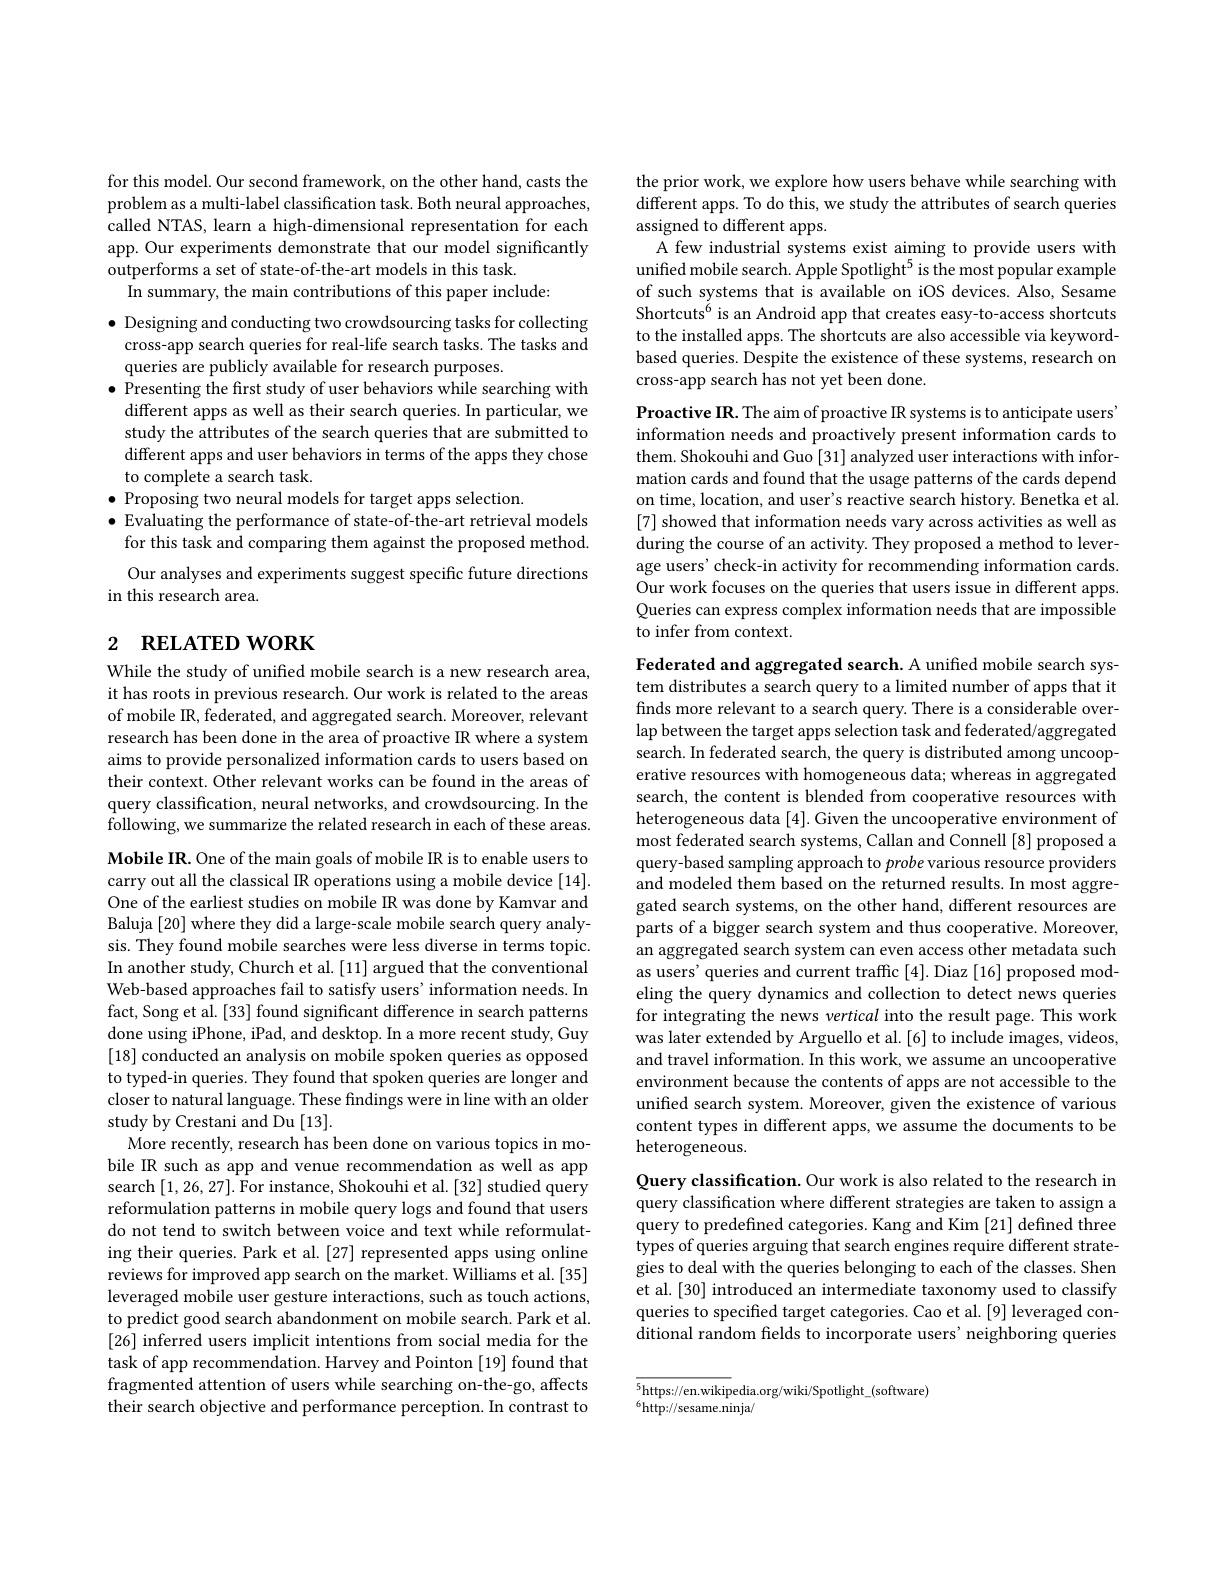
for this model. Our second framework, on the other hand, casts the problem as a multi-label classification task. Both neural approaches, called NTAS, learn a high-dimensional representation for each app. Our experiments demonstrate that our model significantly outperforms a set of state-of-the-art models in this task.
In summary, the main contributions of this paper include:

$\bullet$ Designing and conducting two crowdsourcing tasks for collecting cross-app search queries for real-life search tasks. The tasks and queries are publicly available for research purposes.
$\bullet$ Presenting the first study of user behaviors while searching with different apps as well as their search queries. In particular, we study the attributes of the search queries that are submitted to different apps and user behaviors in terms of the apps they chose to complete a search task.
$\bullet$ Proposing two neural models for target apps selection.
$\bullet$ Evaluating the performance of state-of-the-art retrieval models for this task and comparing them against the proposed method. Our analyses and experiments suggest specific future directions
in this research area.

# 2 RELATED WORK

While the study of unified mobile search is a new research area, it has roots in previous research. Our work is related to the areas of mobile IR, federated, and aggregated search. Moreover, relevant research has been done in the area of proactive IR where a system aims to provide personalized information cards to users based on their context. Other relevant works can be found in the areas of query classification, neural networks, and crowdsourcing. In the following, we summarize the related research in each of these areas.

Mobile IR. One of the main goals of mobile IR is to enable users to carry out all the classical IR operations using a mobile device [14]. One of the earliest studies on mobile IR was done by Kamvar and Baluja [20] where they did a large-scale mobile search query analysis. They found mobile searches were less diverse in terms topic. In another study, Church et al. [11] argued that the conventional Web-based approaches fail to satisfy users' information needs. In fact, Song et al. [33] found significant difference in search patterns done using iPhone, iPad, and desktop. In a more recent study, Guy [18] conducted an analysis on mobile spoken queries as opposed to typed-in queries. They found that spoken queries are longer and $\hat{\text{closer to natural language. These findings were in line with an older}}$ study by Crestani and Du [13].
More recently, research has been done on various topics in mobile IR such as app and venue recommendation as well as app search [1,26,27]. For instance, Shokouhi et al. [32] studied query reformulation patterns in mobile query logs and found that users do not tend to switch between voice and text while reformulating their queries. Park et al. [27] represented apps using online reviews for improved app search on the market. Williams et al. [35] leveraged mobile user gesture interactions, such as touch actions, to predict good search abandonment on mobile search. Park et al. [26] inferred users implicit intentions from social media for the task of app recommendation. Harvey and Pointon [19] found that fragmented attention of users while searching on-the-go, affects their search objective and performance perception. In contrast to

the prior work, we explore how users behave while searching with different apps. To do this, we study the attributes of search queries assigned to different apps.
A few industrial systems exist aiming to provide users with unified mobile search. Apple Spotlight$^{5}$ is the most popular example of such systems that is available on iOS devices. Also, Sesame Shortcuts$^{6}$ is an Android app that creates easy-to-access shortcuts to the installed apps. The shortcuts are also accessible via keywordbased queries. Despite the existence of these systems, research on cross-app search has not yet been done.

Proactive IR. The aim of proactive IR systems is to anticipate users' information needs and proactively present information cards to them. Shokouhi and Guo [31] analyzed user interactions with information cards and found that the usage patterns of the cards depend on time, location, and user's reactive search history. Benetka et al. [7] showed that information needs vary across activities as well as during the course of an activity. They proposed a method to leverage users' check-in activity for recommending information cards Our work focuses on the queries that users issue in different apps. Queries can express complex information needs that are impossible to infer from context.

Federated and aggregated search. A unified mobile search system distributes a search query to a limited number of apps that it finds more relevant to a search query. There is a considerable overlap between the target apps selection task and federated/aggregated search. In federated search, the query is distributed among uncooperative resources with homogeneous data; whereas in aggregated search, the content is blended from cooperative resources with heterogeneous data [4]. Given the uncooperative environment of most federated search systems, Callan and Connell [8] proposed a query-based sampling approach to probe various resource providers and modeled them based on the returned results. In most aggregated search systems, on the other hand, different resources are parts of a bigger search system and thus cooperative. Moreover, an aggregated search system can even access other metadata such as users' queries and current traffic [4]. Diaz [16] proposed modeling the query dynamics and collection to detect news queries for integrating the news vertical into the result page. This work was later extended by Arguello et al.[6] to include images, videos, and travel information. In this work, we assume an uncooperative environment because the contents of apps are not accessible to the unified search system. Moreover, given the existence of various content types in different apps, we assume the documents to be heterogeneous.

Query classification. Our work is also related to the research in query classification where different strategies are taken to assign a query to predefined categories. Kang and Kim [21] defined three types of queries arguing that search engines require different strategies to deal with the queries belonging to each of the classes. Shen et al.[30] introduced an intermediate taxonomy used to classify queries to specified target categories. Cao et al. [9] leveraged conditional random felds to incorporate users' neighboring queries

$\overline{{^5\text{https://en.wikip}}}$edia.org/wiki/Spotlight$\_($software)
$^{6}$http:/sesame.ninja/